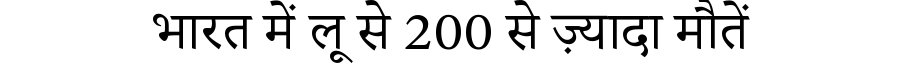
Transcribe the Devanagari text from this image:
भारत में लू से 200 से ज़्यादा मौतें